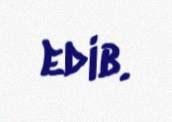
edib.